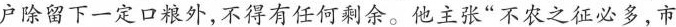
户除留下一定口粮外，不得有任何余留。他主张“不农之征必多，市